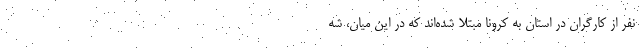
نفر از کارگران در استان به کرونا مبتلا شده‌اند که در این میان، شه